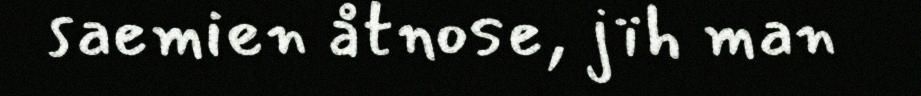
saemien åtnose, jïh man